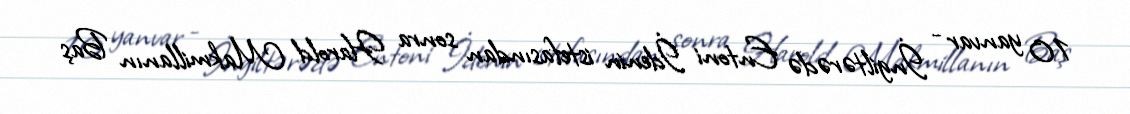
10 yanvar - İngiltərədə Entoni İdenin istefasından sonra Harold Makmillanın Baş